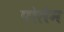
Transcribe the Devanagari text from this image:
पोलेम